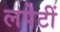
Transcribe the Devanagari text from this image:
लपेटीं